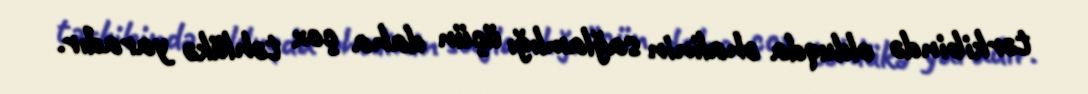
tərkibində olduqda əhalinin sağlamlığı üçün daha çox təhlükə yaradır.